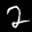
Label: 2